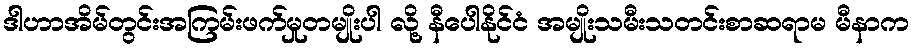
ဒါဟာအိမ်တွင်းအကြမ်းဖက်မှုတမျိုးပါ လို့ နီပေါနိုင်ငံ အမျိုးသမီးသတင်းစာဆရာမ မီနာက